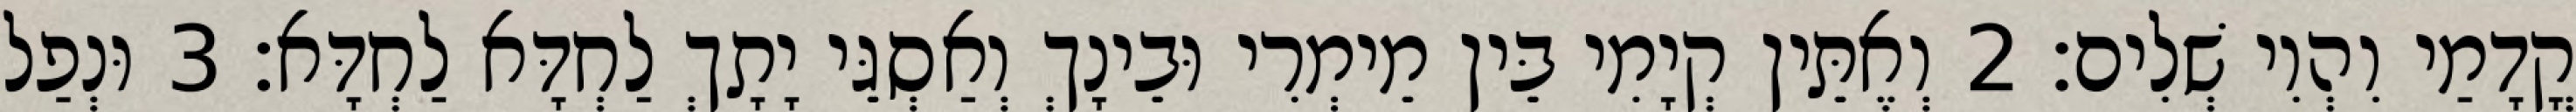
קֳדָמַי וִהְוִי שְׁלִים׃ 2 וְאֶתֵּין קְיָמִי בֵּין מֵימְרִי וּבֵינָךְ וְאַסְגֵּי יָתָךְ לַחְדָּא לַחְדָּא׃ 3 וּנְפַל